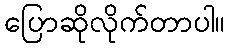
ပြောဆိုလိုက်တာပါ။